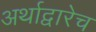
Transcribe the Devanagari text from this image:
अर्थाद्वारेच